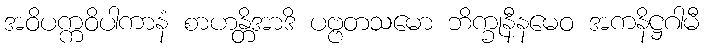
အဝိပက္ကဝိပါကာနံ စာဟန္တိအာဒိ ပဗ္ဗတသမော ဘိက္ခုနီနမေဝ အကနိဋ္ဌဂါမီ